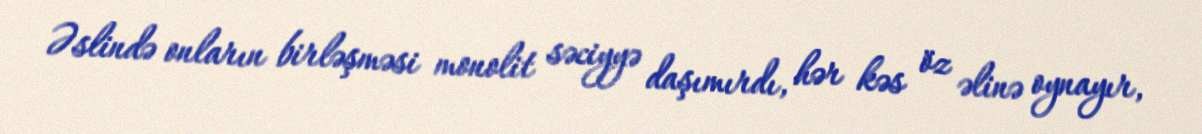
Əslində onların birləşməsi monolit səciyyə daşımırdı, hər kəs öz əlinə oynayır,